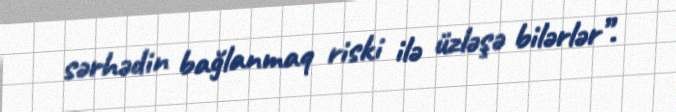
sərhədin bağlanmaq riski ilə üzləşə bilərlər”.